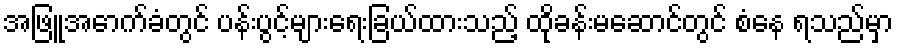
အဖြူအောက်ခံတွင် ပန်းပွင့်များရေးခြယ်ထားသည့် ထိုခန်းမဆောင်တွင် စံနေ ရသည်မှာ